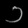
Digit: ၁